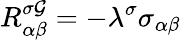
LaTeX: R_{\alpha\beta}^{\sigma\mathcal{G}}=-\lambda^{\sigma}\sigma_{\alpha\beta}